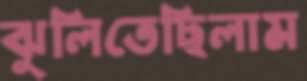
ঝুলিতেছিলাম